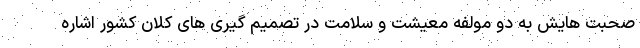
صحبت هایش به دو مولفه معیشت و سلامت در تصمیم گیری های کلان کشور اشاره